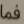
فما